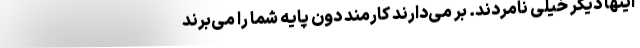
اینها دیگر خیلی نامردند. بر می‌دارند کارمند دون پایه شما را می‌برند